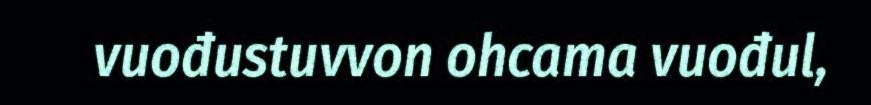
vuođustuvvon ohcama vuođul,